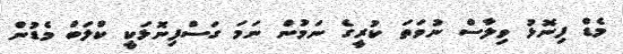
މެޑް ފިނޮޅު ވިލާސް ނުވަތަ ކުރީގެ ނަމުން ނަމަ ގަސްފިނޮޅަކީ ކްލަބް މެޑުން